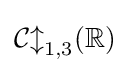
{\mathcal {Cl}}_{1,3}(\mathbb {R} )